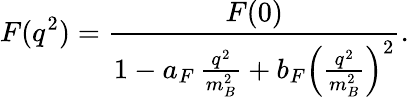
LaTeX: F(q^{2})=\frac{F(0)}{1-a_{F}\, \frac{q^{2}}{m_{B}^{2}}+b_{F}\left(\frac{q^{2}}{m_{B}^{2}}\right)^{2}}.